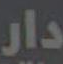
دار